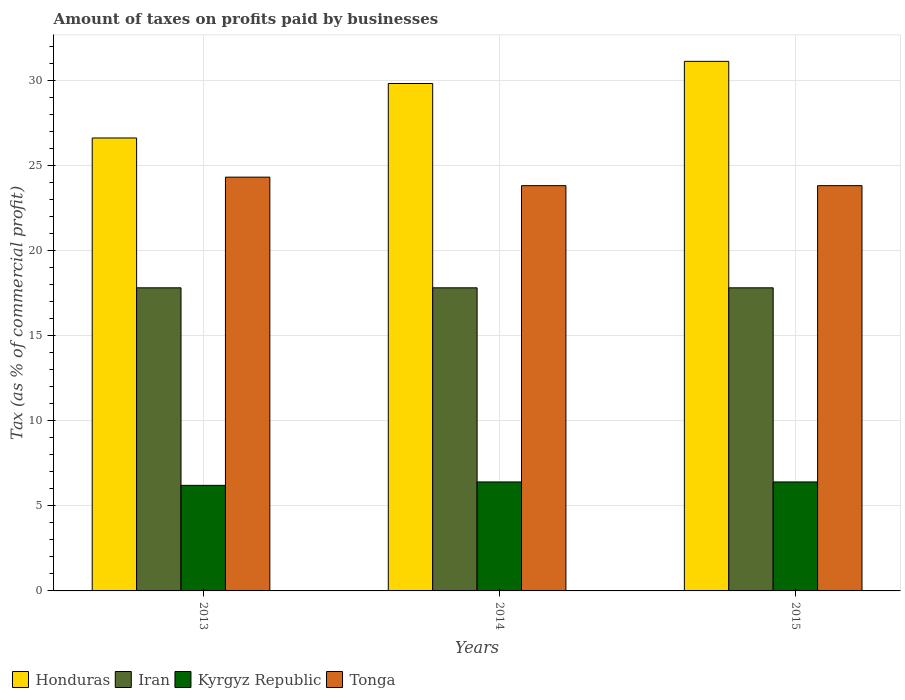
| Years | Honduras | Iran | Kyrgyz Republic | Tonga |
 | --- | --- | --- | --- | --- |
 | 2013 | 26.6 | 17.8 | 6.2 | 24.3 |
 | 2014 | 29.8 | 17.8 | 6.4 | 23.8 |
 | 2015 | 31.1 | 17.8 | 6.4 | 23.8 |